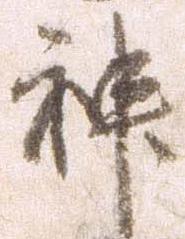
神